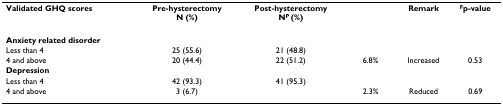
<table><thead><tr><td><b>Validated GHQ scores</b></td><td><b>Pre-hysterectomyN (%)</b></td><td><b>Post-hysterectomyN<sup>P </sup>(%)</b></td><td>[EMPTY_CELL]</td><td><b>Remark</b></td><td><b><sup>F</sup>p-value</b></td></tr></thead><tbody><tr><td><b>Anxiety related disorder</b></td><td>[EMPTY_CELL]</td><td>[EMPTY_CELL]</td><td>[EMPTY_CELL]</td><td>[EMPTY_CELL]</td><td>[EMPTY_CELL]</td></tr><tr><td>Less than 4</td><td>25 (55.6)</td><td>21 (48.8)</td><td>[EMPTY_CELL]</td><td>[EMPTY_CELL]</td><td>[EMPTY_CELL]</td></tr><tr><td>4 and above</td><td>20 (44.4)</td><td>22 (51.2)</td><td>6.8%</td><td>Increased</td><td>0.53</td></tr><tr><td><b>Depression</b></td><td>[EMPTY_CELL]</td><td>[EMPTY_CELL]</td><td>[EMPTY_CELL]</td><td>[EMPTY_CELL]</td><td>[EMPTY_CELL]</td></tr><tr><td>Less than 4</td><td>42 (93.3)</td><td>41 (95.3)</td><td>[EMPTY_CELL]</td><td>[EMPTY_CELL]</td><td>[EMPTY_CELL]</td></tr><tr><td>4 and above</td><td>3 (6.7)</td><td>[EMPTY_CELL]</td><td>2.3%</td><td>Reduced</td><td>0.69</td></tr></tbody></table>